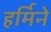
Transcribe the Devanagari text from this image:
हर्मिने